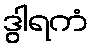
ဒွါရကံ